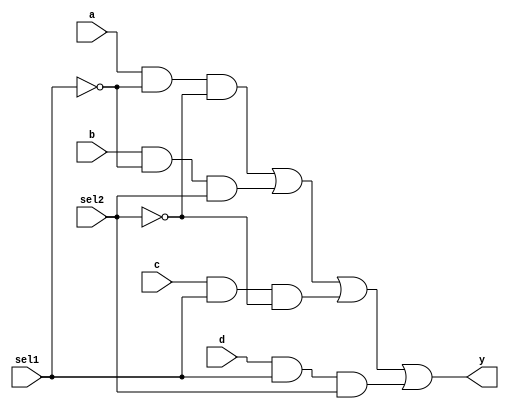
module mux4to1(a, b, c, d, sel1, sel2, y);
	input a, b, c, d, sel1, sel2;
	output y;
	/*
	wire and1, and2, and3, and4;
	and g1(and1, a, ~sel1, ~sel2);
	and g1(and2, b, ~sel1, sel2);
	and g1(and3, c, sel1, ~sel2);
	and g1(and4, d, sel1, sel2);
	or g5(y, and1, and2, and3, and4);
	*/
	assign y = (a & ~sel1 & ~sel2)|(b & ~sel1 & sel2)|(c & sel1 & ~sel2)|(d & sel1 & sel2);
endmodule

module test;
	reg a, b, c, d, sel1, sel2;
	wire y;
	mux4to1 mg(a, b, c, d, sel1, sel2, y);
	initial
	begin
		$dumpfile("mux4to1.vcd");
		$dumpvars(0, test);
		a = 0; b = 0; c = 0; d = 0; sel1 = 0; sel2 = 0;
		#20
		a = 1; b = 0; c = 0; d = 0; sel1 = 0; sel2 = 0;
		#20
		a = 0; b = 0; c = 0; d = 0; sel1 = 0; sel2 = 1;
		#20
		a = 0; b = 1; c = 0; d = 0; sel1 = 0; sel2 = 1;
		#20
		a = 0; b = 0; c = 0; d = 0; sel1 = 1; sel2 = 0;
		#20
		a = 0; b = 0; c = 1; d = 0; sel1 = 1; sel2 = 0;
		#20
		a = 0; b = 0; c = 0; d = 0; sel1 = 1; sel2 = 1;
		#20
		a = 0; b = 0; c = 0; d = 1; sel1 = 1; sel2 = 1;
		#20
		$finish;
	end
endmodule